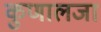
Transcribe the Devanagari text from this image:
कुणालजा